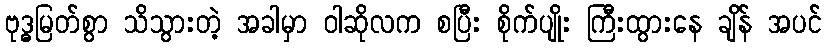
ဗုဒ္ဓမြတ်စွာ သိသွားတဲ့ အခါမှာ ဝါဆိုလက စပြီး စိုက်ပျိုး ကြီးထွားနေ ချိန် အပင်